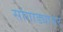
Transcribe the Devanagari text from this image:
सांगाड्यावर